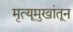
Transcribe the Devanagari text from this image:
मृत्यूमुखांतून